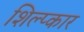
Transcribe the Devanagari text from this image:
शिल्प्कार